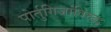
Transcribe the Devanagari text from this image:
पोर्तुगिजांविरुद्ध